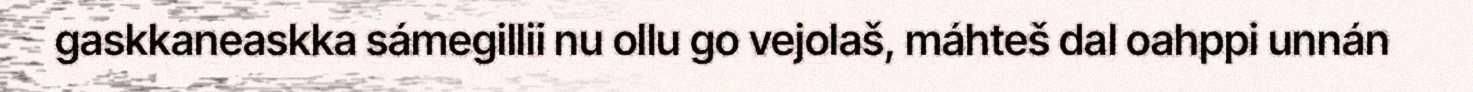
gaskkaneaskka sámegillii nu ollu go vejolaš, máhteš dal oahppi unnán